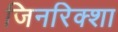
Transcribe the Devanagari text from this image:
जिनरिक्शा